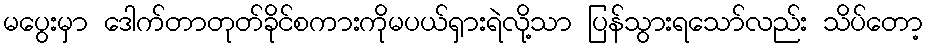
မပွေးမှာ ဒေါက်တာတုတ်ခိုင်စကားကိုမပယ်ရှားရဲလို့သာ ပြန်သွားရသော်လည်း သိပ်တော့